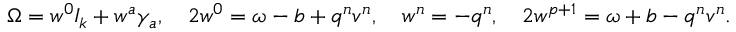
{ \Omega } = w ^ { 0 } I _ { k } + w ^ { a } \gamma _ { a } , \quad 2 w ^ { 0 } = \omega - b + q ^ { n } v ^ { n } , \quad w ^ { n } = - q ^ { n } , \quad 2 w ^ { p + 1 } = \omega + b - q ^ { n } v ^ { n } .